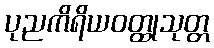
ပုညကိရိယဝတ္ထုသုတ္တ